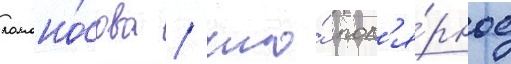
ломоно́сова / что́ пол'я́рное